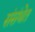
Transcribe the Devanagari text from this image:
संसंथेत